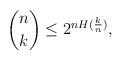
LaTeX: \begin{align*} \binom{n}{k} \leq 2^{nH(\frac{k}{n})},\end{align*}